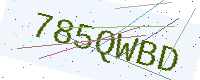
Text: 785QWBD